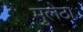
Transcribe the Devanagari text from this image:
मुलेठा